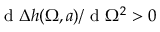
\textrm { d } \Delta { h } ( \Omega , a ) / \textrm { d } \Omega ^ { 2 } > 0